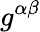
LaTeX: g^{\alpha\beta}